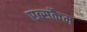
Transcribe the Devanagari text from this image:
एब्सकैम